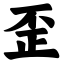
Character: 歪